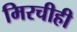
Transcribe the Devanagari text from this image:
मिरचीही